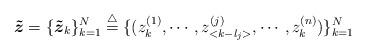
LaTeX: \begin{align*}\mbox{\boldmath $\tilde z$}=\{\mbox{\boldmath $\tilde z$}_k\}_{k=1}^N\stackrel{\triangle}{=}\{(z_k^{(1)}, \cdots, z_{<k-l_j>}^{(j)}, \cdots, z_k^{(n)})\}_{k=1}^N\end{align*}